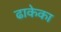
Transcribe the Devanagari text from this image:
ढाकेका